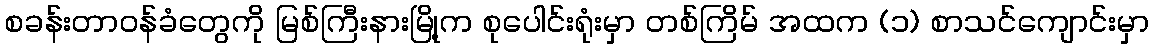
စခန်းတာဝန်ခံတွေကို မြစ်ကြီးနားမြို့က စုပေါင်းရုံးမှာ တစ်ကြိမ် အထက (၁) စာသင်ကျောင်းမှာ